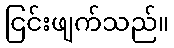
ငြင်းဖျက်သည်။